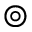
\circledcirc